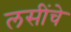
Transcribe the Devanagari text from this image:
लसींचे